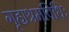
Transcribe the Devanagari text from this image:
गृहाश्रमविधिः